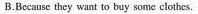
B.Because they want to buy some clothes.